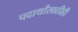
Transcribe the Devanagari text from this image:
पदार्थांसाठीही